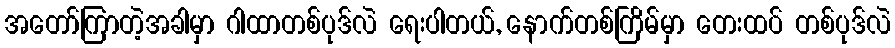
အတော်ကြာတဲ့အခါမှာ ဂါထာတစ်ပုဒ်လဲ ရေးပါတယ်, နောက်တစ်ကြိမ်မှာ တေးထပ် တစ်ပုဒ်လဲ